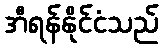
အီရန်နိုင်ငံသည်